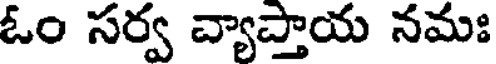
ఓం సర్వ వ్యాప్తాయ నమః